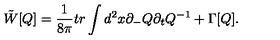
\tilde { W } [ Q ] = \frac { 1 } { 8 \pi } t r \int d ^ { 2 } x \partial _ { - } Q \partial _ { t } Q ^ { - 1 } + \Gamma [ Q ] .